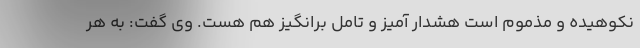
نکوهیده و مذموم است هشدار آمیز و تامل برانگیز هم هست. وی گفت: به هر